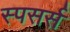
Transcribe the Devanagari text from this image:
स्पसर्स